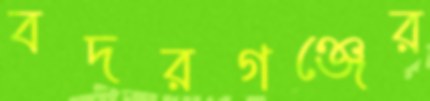
বদরগঞ্জের